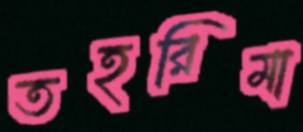
তহরিমা